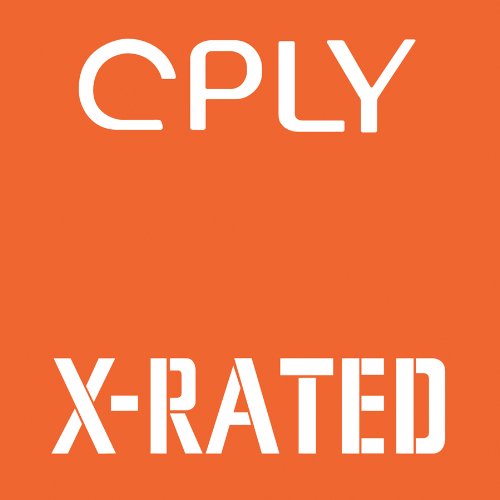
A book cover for William N. Copley: Cply X-Rated; Arts & Photography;